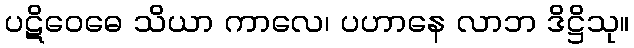
ပဋိဝေဓေ သိယာ ကာလေ၊ ပဟာနေ လာဘ ဒိဋ္ဌိသု။